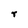
Character: r